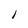
Character: l